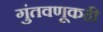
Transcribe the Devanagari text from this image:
गुंतवणूकही